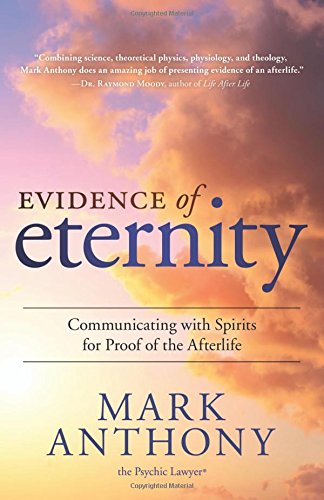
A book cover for Evidence of Eternity: Communicating with Spirits for Proof of the Afterlife; Mark Anthony; Religion & Spirituality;